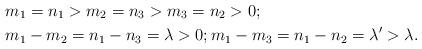
\begin{align*}&m_1=n_1>m_2=n_3>m_3=n_2>0; \\&m_1-m_2=n_1-n_3=\lambda>0; m_1-m_3=n_1-n_2=\lambda'>\lambda. \end{align*}